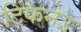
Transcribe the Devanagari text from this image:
टिफनेउ